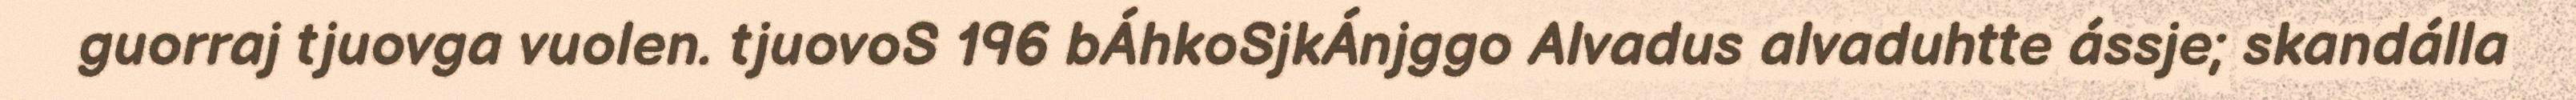
guorraj tjuovga vuolen. tjuovoS 196 bÁhkoSjkÁnjggo Alvadus alvaduhtte ássje; skandálla